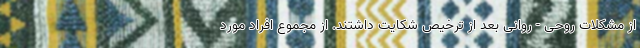
از مشکلات روحی - روانی بعد از ترخیص شکایت داشتند. از مجموع افراد مورد